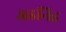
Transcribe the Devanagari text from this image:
अडनिड